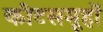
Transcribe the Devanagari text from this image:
कीटसमूहों